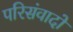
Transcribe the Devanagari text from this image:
परिसंवादों